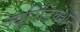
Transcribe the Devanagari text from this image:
ज्युरिडिक्शन